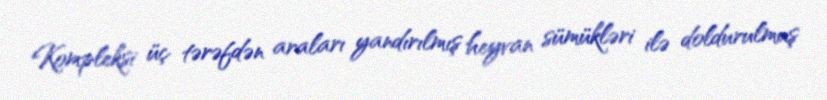
Kompleksi üç tərəfdən araları yandırılmış heyvan sümükləri ilə doldurulmuş